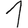
Digit: 1